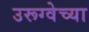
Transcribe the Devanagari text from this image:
उरूग्वेच्या